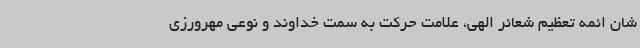
شان ائمه تعظیم شعائر الهی، علامت حرکت به سمت خداوند و نوعی مهرورزی